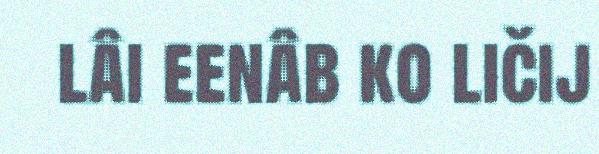
lâi eenâb ko ličij